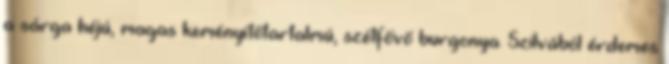
a sárga héjú, magas keményítőtartalmú, szétfővő burgonya. Szilvából érdemes